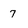
Character: 7